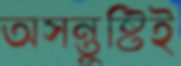
অসন্তুষ্টিই